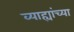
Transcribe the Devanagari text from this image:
व्याह्यांच्या